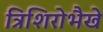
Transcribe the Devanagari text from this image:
त्रिशिरोभैखे